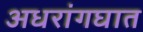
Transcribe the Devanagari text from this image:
अधरांगघात